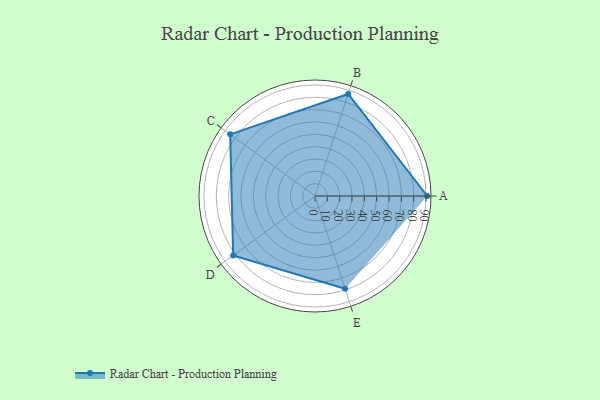
{"axis": {"x": "Skill", "y": "Score"}, "legend": ["Profile"], "data": [{"x": "A", "y": 91.0, "type": "Profile"}, {"x": "B", "y": 87.0, "type": "Profile"}, {"x": "C", "y": 85.0, "type": "Profile"}, {"x": "D", "y": 82.0, "type": "Profile"}, {"x": "E", "y": 79.0, "type": "Profile"}]}